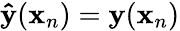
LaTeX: \mathbf{\hat{y}}(\mathbf x_{n})=\mathbf y(\mathbf x_{n})